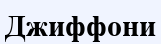
Джиффони